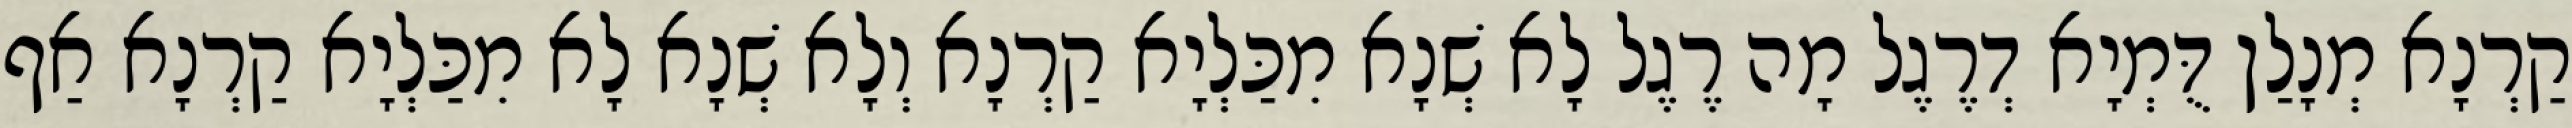
קַרְנָא מְנָלַן דֻּמְיָא דְרֶגֶל מָה רֶגֶל לָא שְׁנָא מִכַּלְיָא קַרְנָא וְלָא שְׁנָא לָא מִכַּלְיָא קַרְנָא אַף